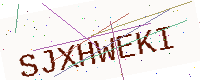
Text: SJXHWEKI